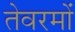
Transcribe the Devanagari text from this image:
तेवरमों